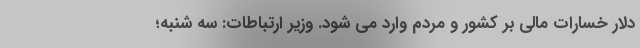
دلار خسارات مالی بر کشور و مردم وارد می شود. وزیر ارتباطات: سه شنبه؛